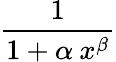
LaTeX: \frac{1}{1+\alpha\: x^{\beta}}